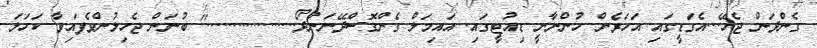
ގެންދަން ޖެހޭ...އެގަޑީގައި އަހަރެން ހުންނާނީ ޑިއުޓީގައި. އައިމަލް ގެންގޮސްދޭނަންދޯ..................." ބުނަން ޖެހިލުންވެފައިވާ ކަހަލަ